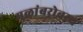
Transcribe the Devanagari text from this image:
मुळांबरोबरच